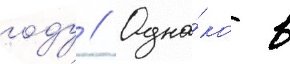
году // Одна́ко в